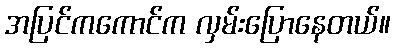
အပြင်ကကောင်က လှမ်းပြောနေတယ်။